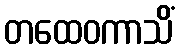
တထေဝကာသိံ